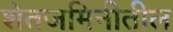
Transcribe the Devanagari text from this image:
शेतजमिनीतील